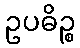
ဥပဓိဉ္စ